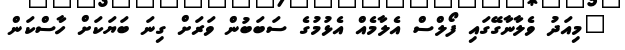
"މިއަދު ވެލާނާގޭގައި ފޯލްސް އެލާމެއް އެޅުމުގެ ސަބަބުން ވަރަށް ގިނަ ބަޔަކަށް ހާސްކަން